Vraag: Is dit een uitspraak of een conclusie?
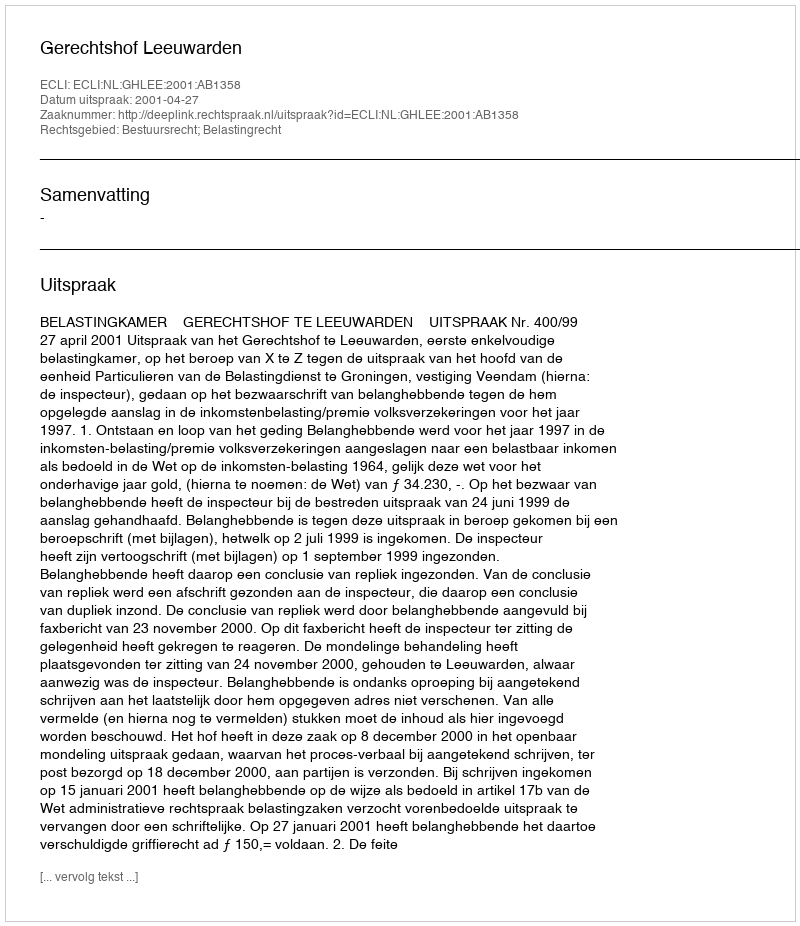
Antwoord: Uitspraak